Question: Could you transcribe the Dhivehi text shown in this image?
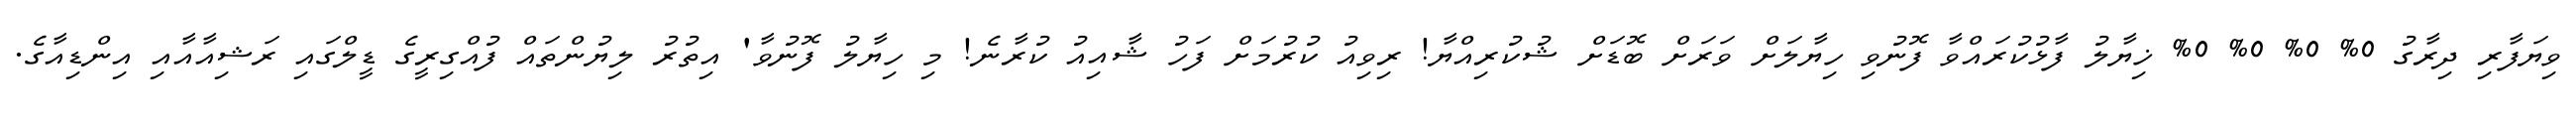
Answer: ވިޔަފާރި ދިރާގު 0% 0% 0% 0% ޚިޔާލު ފާޅުކުރައްވާ ފޮނުވި ހިޔާލަށް ވަރަށް ބޮޑަށް ޝުކުރިއްޔާ! ރިވިއު ކުރުމަށް ފަހު ޝާއިއު ކުރާނެ! މި ހިޔާލު ފޮނުވާ' އިތުރު ލިޔުންތައް ފުއްގިރީގެ ޑީލްގައި ރަޝިއާއާއި އިންޑިއާގެ.